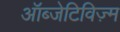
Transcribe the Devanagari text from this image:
ऑब्जेटिविज़्म